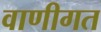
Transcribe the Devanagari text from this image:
वाणीगत